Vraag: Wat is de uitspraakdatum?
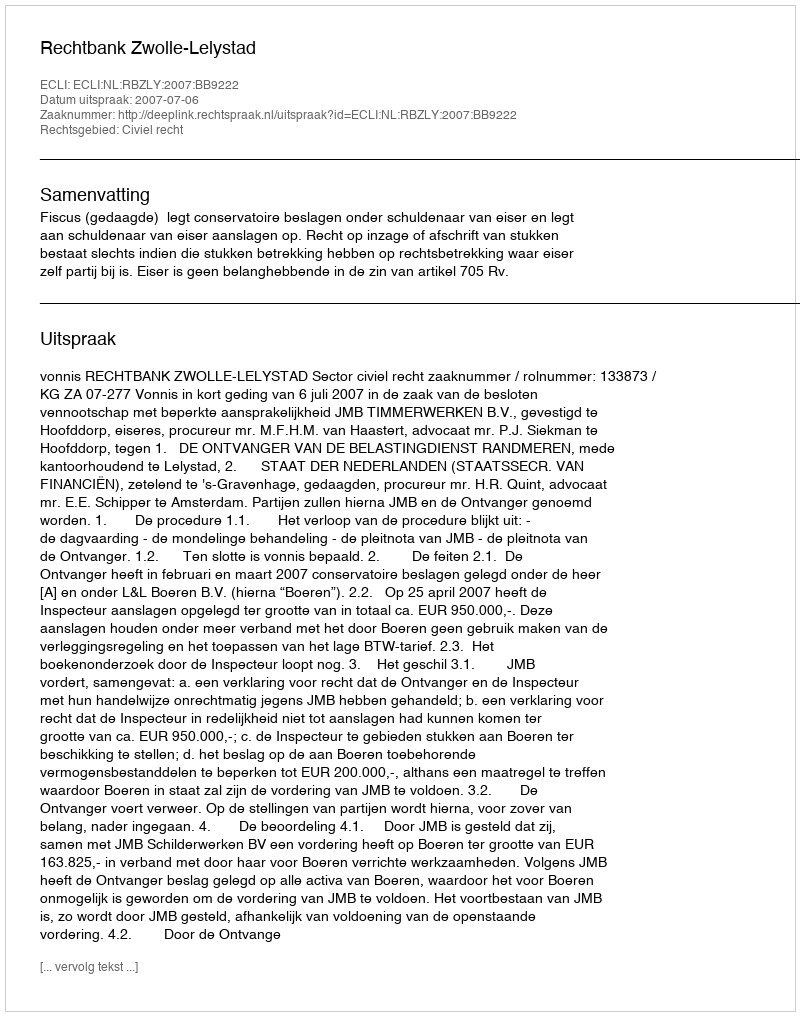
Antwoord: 2007-07-06